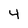
Character: 4